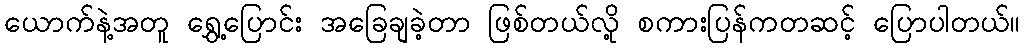
ယောက်နဲ့အတူ ရွှေ့ပြောင်း အခြေချခဲ့တာ ဖြစ်တယ်လို့ စကားပြန်ကတဆင့် ပြောပါတယ်။